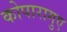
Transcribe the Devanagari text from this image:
कोपारागुए